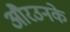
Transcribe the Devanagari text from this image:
औरउनके